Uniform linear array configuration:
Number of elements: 48
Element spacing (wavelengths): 1
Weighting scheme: hamming
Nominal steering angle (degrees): -45
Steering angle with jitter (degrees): -44.906
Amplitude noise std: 0.05
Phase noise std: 0.05

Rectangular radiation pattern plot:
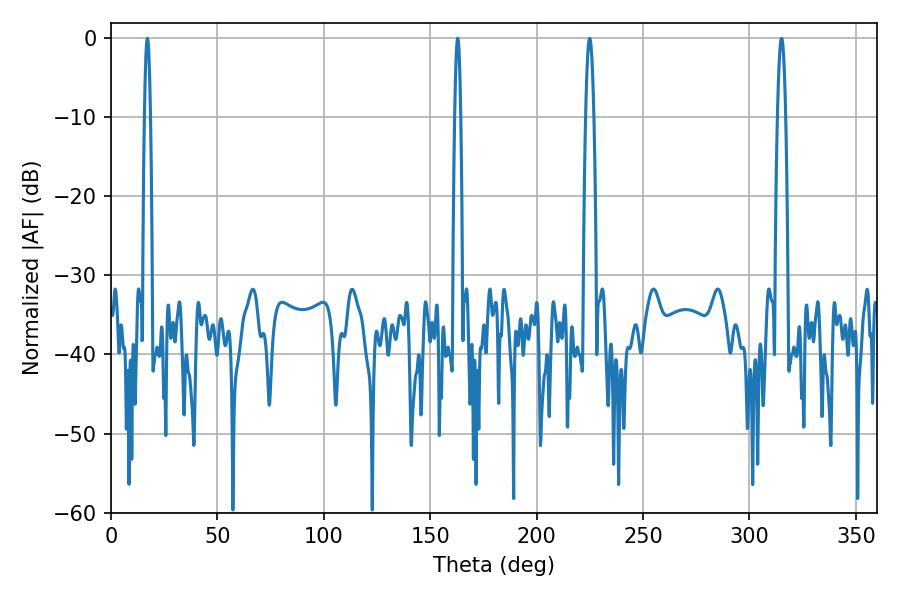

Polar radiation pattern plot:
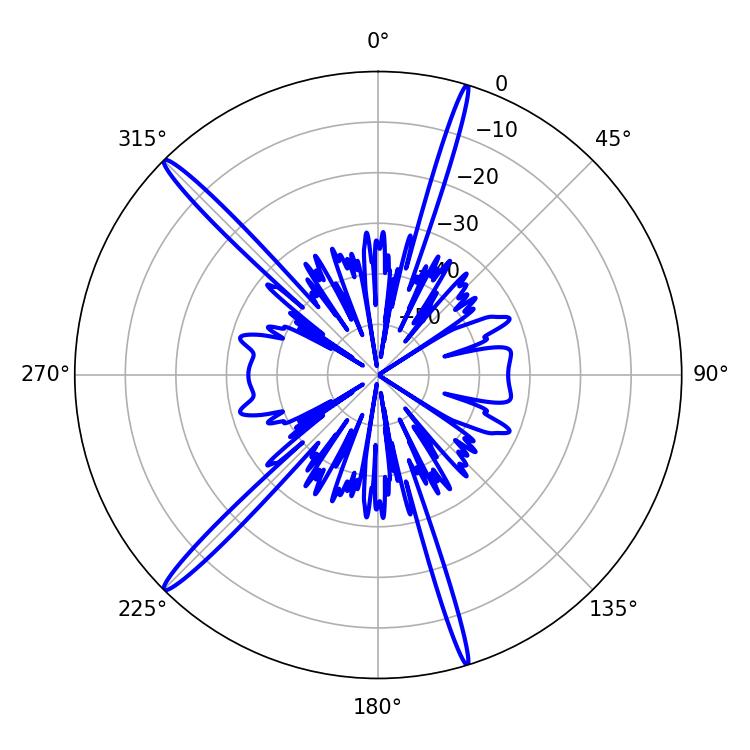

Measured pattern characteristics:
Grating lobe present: TRUE
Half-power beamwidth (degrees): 1.44
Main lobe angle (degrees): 17.1